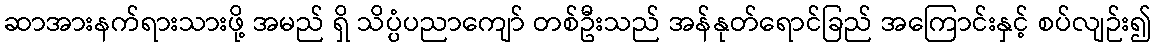
ဆာအားနက်ရားသားဖို့ အမည် ရှိ သိပ္ပံပညာကျော် တစ်ဦးသည် အန်နုတ်ရောင်ခြည် အကြောင်းနှင့် စပ်လျဉ်း၍